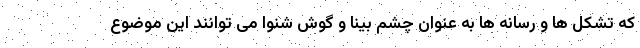
که تشکل ها و رسانه ها به عنوان چشم بینا و گوش شنوا می توانند این موضوع